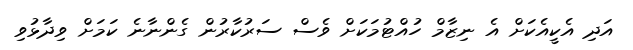
އަދި އެކީއެކަށް އެ ނިޒާމް ހުއްޓުމަކަށް ވެސް ސަރުކާރުން ގެންނާނެ ކަމަށް ވިދާޅުވި